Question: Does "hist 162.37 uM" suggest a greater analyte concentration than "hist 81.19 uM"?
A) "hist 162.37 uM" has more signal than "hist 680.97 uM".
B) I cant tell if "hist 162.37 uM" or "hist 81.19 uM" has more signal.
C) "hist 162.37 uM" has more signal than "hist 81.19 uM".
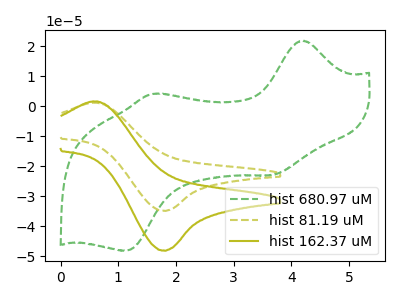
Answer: <think>The green dashed curve "hist 680.97 uM" has anodic peaks at (4.20V, 21.85uA) (1.60V, 4.10uA) and cathodic peaks at (3.70V, -22.90uA) (1.15V, -48.20uA). The olive dashed curve "hist 81.19 uM" has an anodic peak at (0.60V, 1.15uA) and a cathodic peak at (1.80V, -34.85uA). The olive curve "hist 162.37 uM" has an anodic peak at (0.60V, 1.60uA) and a cathodic peak at (1.80V, -48.10uA).
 All the peaks in "hist 162.37 uM" have a peak in "hist 81.19 uM" at the same potential. Every peak in "hist 162.37 uM" is higher than every peak in "hist 81.19 uM".</think>
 <answer>C) "hist 162.37 uM" has more signal than "hist 81.19 uM".</answer>
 <eval>C</eval>